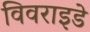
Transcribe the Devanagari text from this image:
विवराइडे